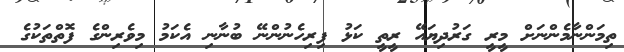
ތިމަންނާމެންނަށް މީރީ ގަރުދިޔައޭ ރީތީ ކަޅު ފިރިހެނުންނޭ ބުނާނި އެކަމު މިވެރިންގެ ފޮތްތަކުގެ